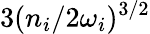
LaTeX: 3({n_{i}}/{2\omega_{i}})^{3/2}